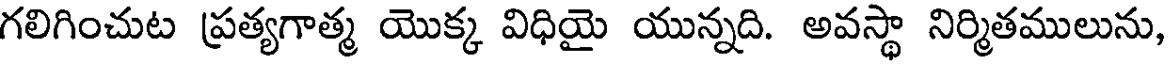
గలిగించుట ప్రత్యగాత్మ యొక్క విధియై యున్నది. అవస్థా నిర్మితములును,